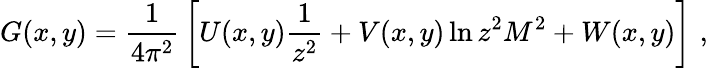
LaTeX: G(x,y)={\frac{1}{4\pi^{2}}}\left[U(x,y){\frac{1}{z^{2}}}+V(x,y)\ln z^{2}M^{2}+W(x,y)\right]\, \, ,